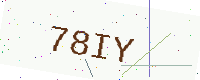
Text: 78IY